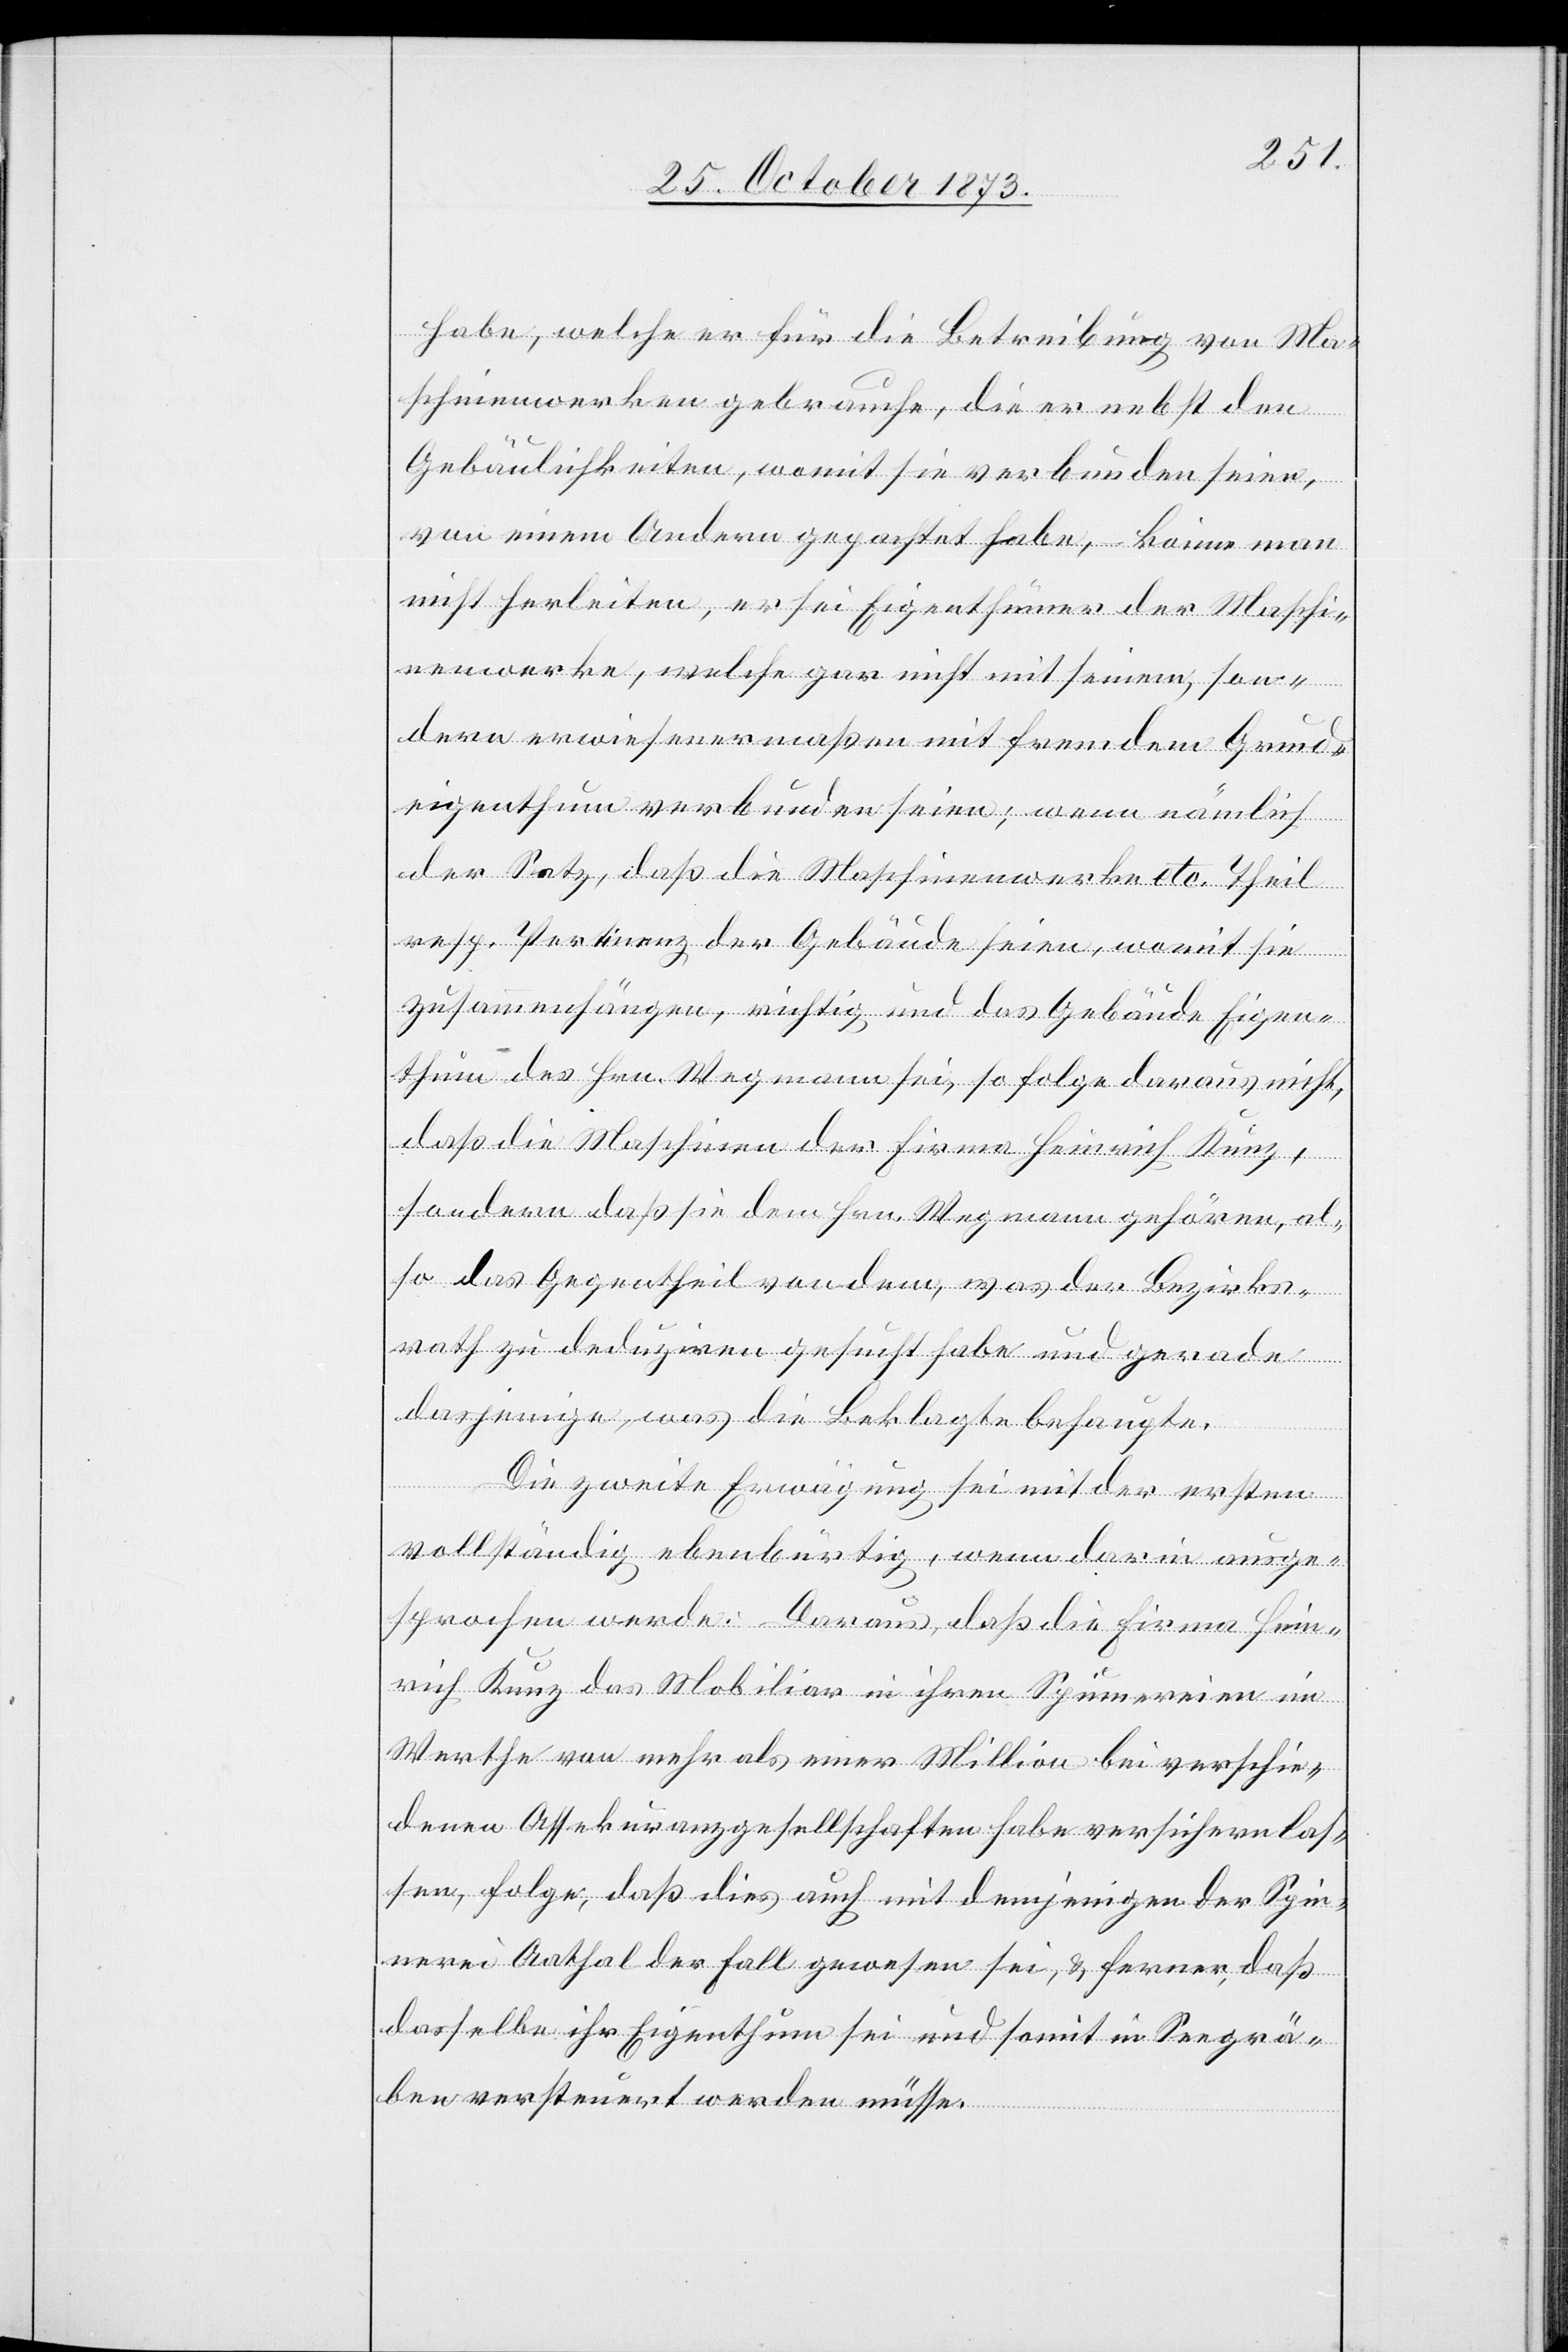
habe, welche er für die Betreibung von Ma¬
schinenwerken gebrauche, die er nebst den
Gebäulichkeiten, womit sie verbunden seien,
von einem Andern gepachtet habe, – könne man
nicht herleiten, er sei Eigenthümer der Maschi¬
nenwerke, welche gar nicht mit seinem, son¬
dern erwiesenermaßen mit fremdem Grund¬
eigenthum verbunden seien; wenn nämlich
der Satz, daß die Maschinenwerke etc. Theil
resp. Pertinenz der Gebäude seien, womit sie
zusammenhängen, richtig und das Gebäude Eigen¬
thum des Hrn. Wegmann sei, so folge daraus nicht,
daß die Maschinen der Firma Heinrich Kunz,
sondern daß sie dem Hrn. Wegmann gehören, al¬
so das Gegentheil von dem, was der Bezirks¬
rath zu deduziren gesucht habe und gerade
dasjenige, was die Beklagte behaupte.
Die zweite Erwägung sei mit der ersten
vollständig ebenbürtig, wenn darin ausge¬
sprochen werde: Daraus, daß die Firma Hein¬
rich Kunz das Mobiliar in ihren Spinnereien im
Werthe von mehr als einer Million bei verschie¬
denen Assekuranzgesellschaften habe versichern las¬
sen, folge, daß dies auch mit demjenigen der Spin¬
nerei Aathal der Fall gewesen sei, & ferner, daß
dasselbe ihr Eigenthum sei und somit in Seegrä¬
ben versteuert werden müsse.